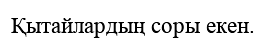
Қытайлардың соры екен.